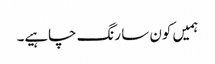
ہمیں کون سا رنگ چاہیے۔